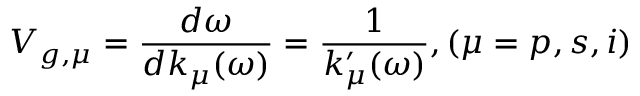
V _ { g , \mu } = \frac { d \omega } { d k _ { \mu } ( \omega ) } = \frac { 1 } { k _ { \mu } ^ { \prime } ( \omega ) } , ( \mu = p , s , i )